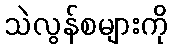
သဲလွန်စများကို